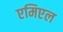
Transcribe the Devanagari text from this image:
एमिएल